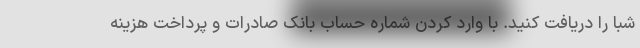
شبا را دریافت کنید. با وارد کردن شماره حساب بانک صادرات و پرداخت هزینه